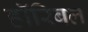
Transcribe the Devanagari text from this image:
हॉरिबल